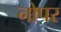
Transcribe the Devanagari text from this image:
नोपर